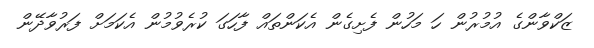
ޒަކްވާންގެ އުމުރުން ހަ މަހުން ފެށިގެން އެކަންތައް ފާހަގަ ކުރެވުމުން އެކަމަށް ފަރުވާދޭން